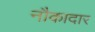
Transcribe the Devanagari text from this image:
नौकादार